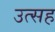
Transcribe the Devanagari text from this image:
उत्सह